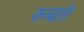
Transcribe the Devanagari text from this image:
रुचते